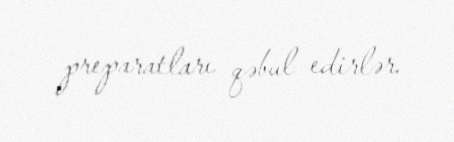
preparatları qəbul edirlər.